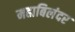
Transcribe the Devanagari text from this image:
महाबिलंदर